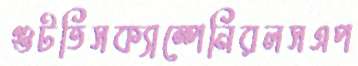
গুটতিসক্যাম্পেনিরলসএপ